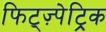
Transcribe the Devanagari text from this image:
फिट्ज़्पेट्रिक